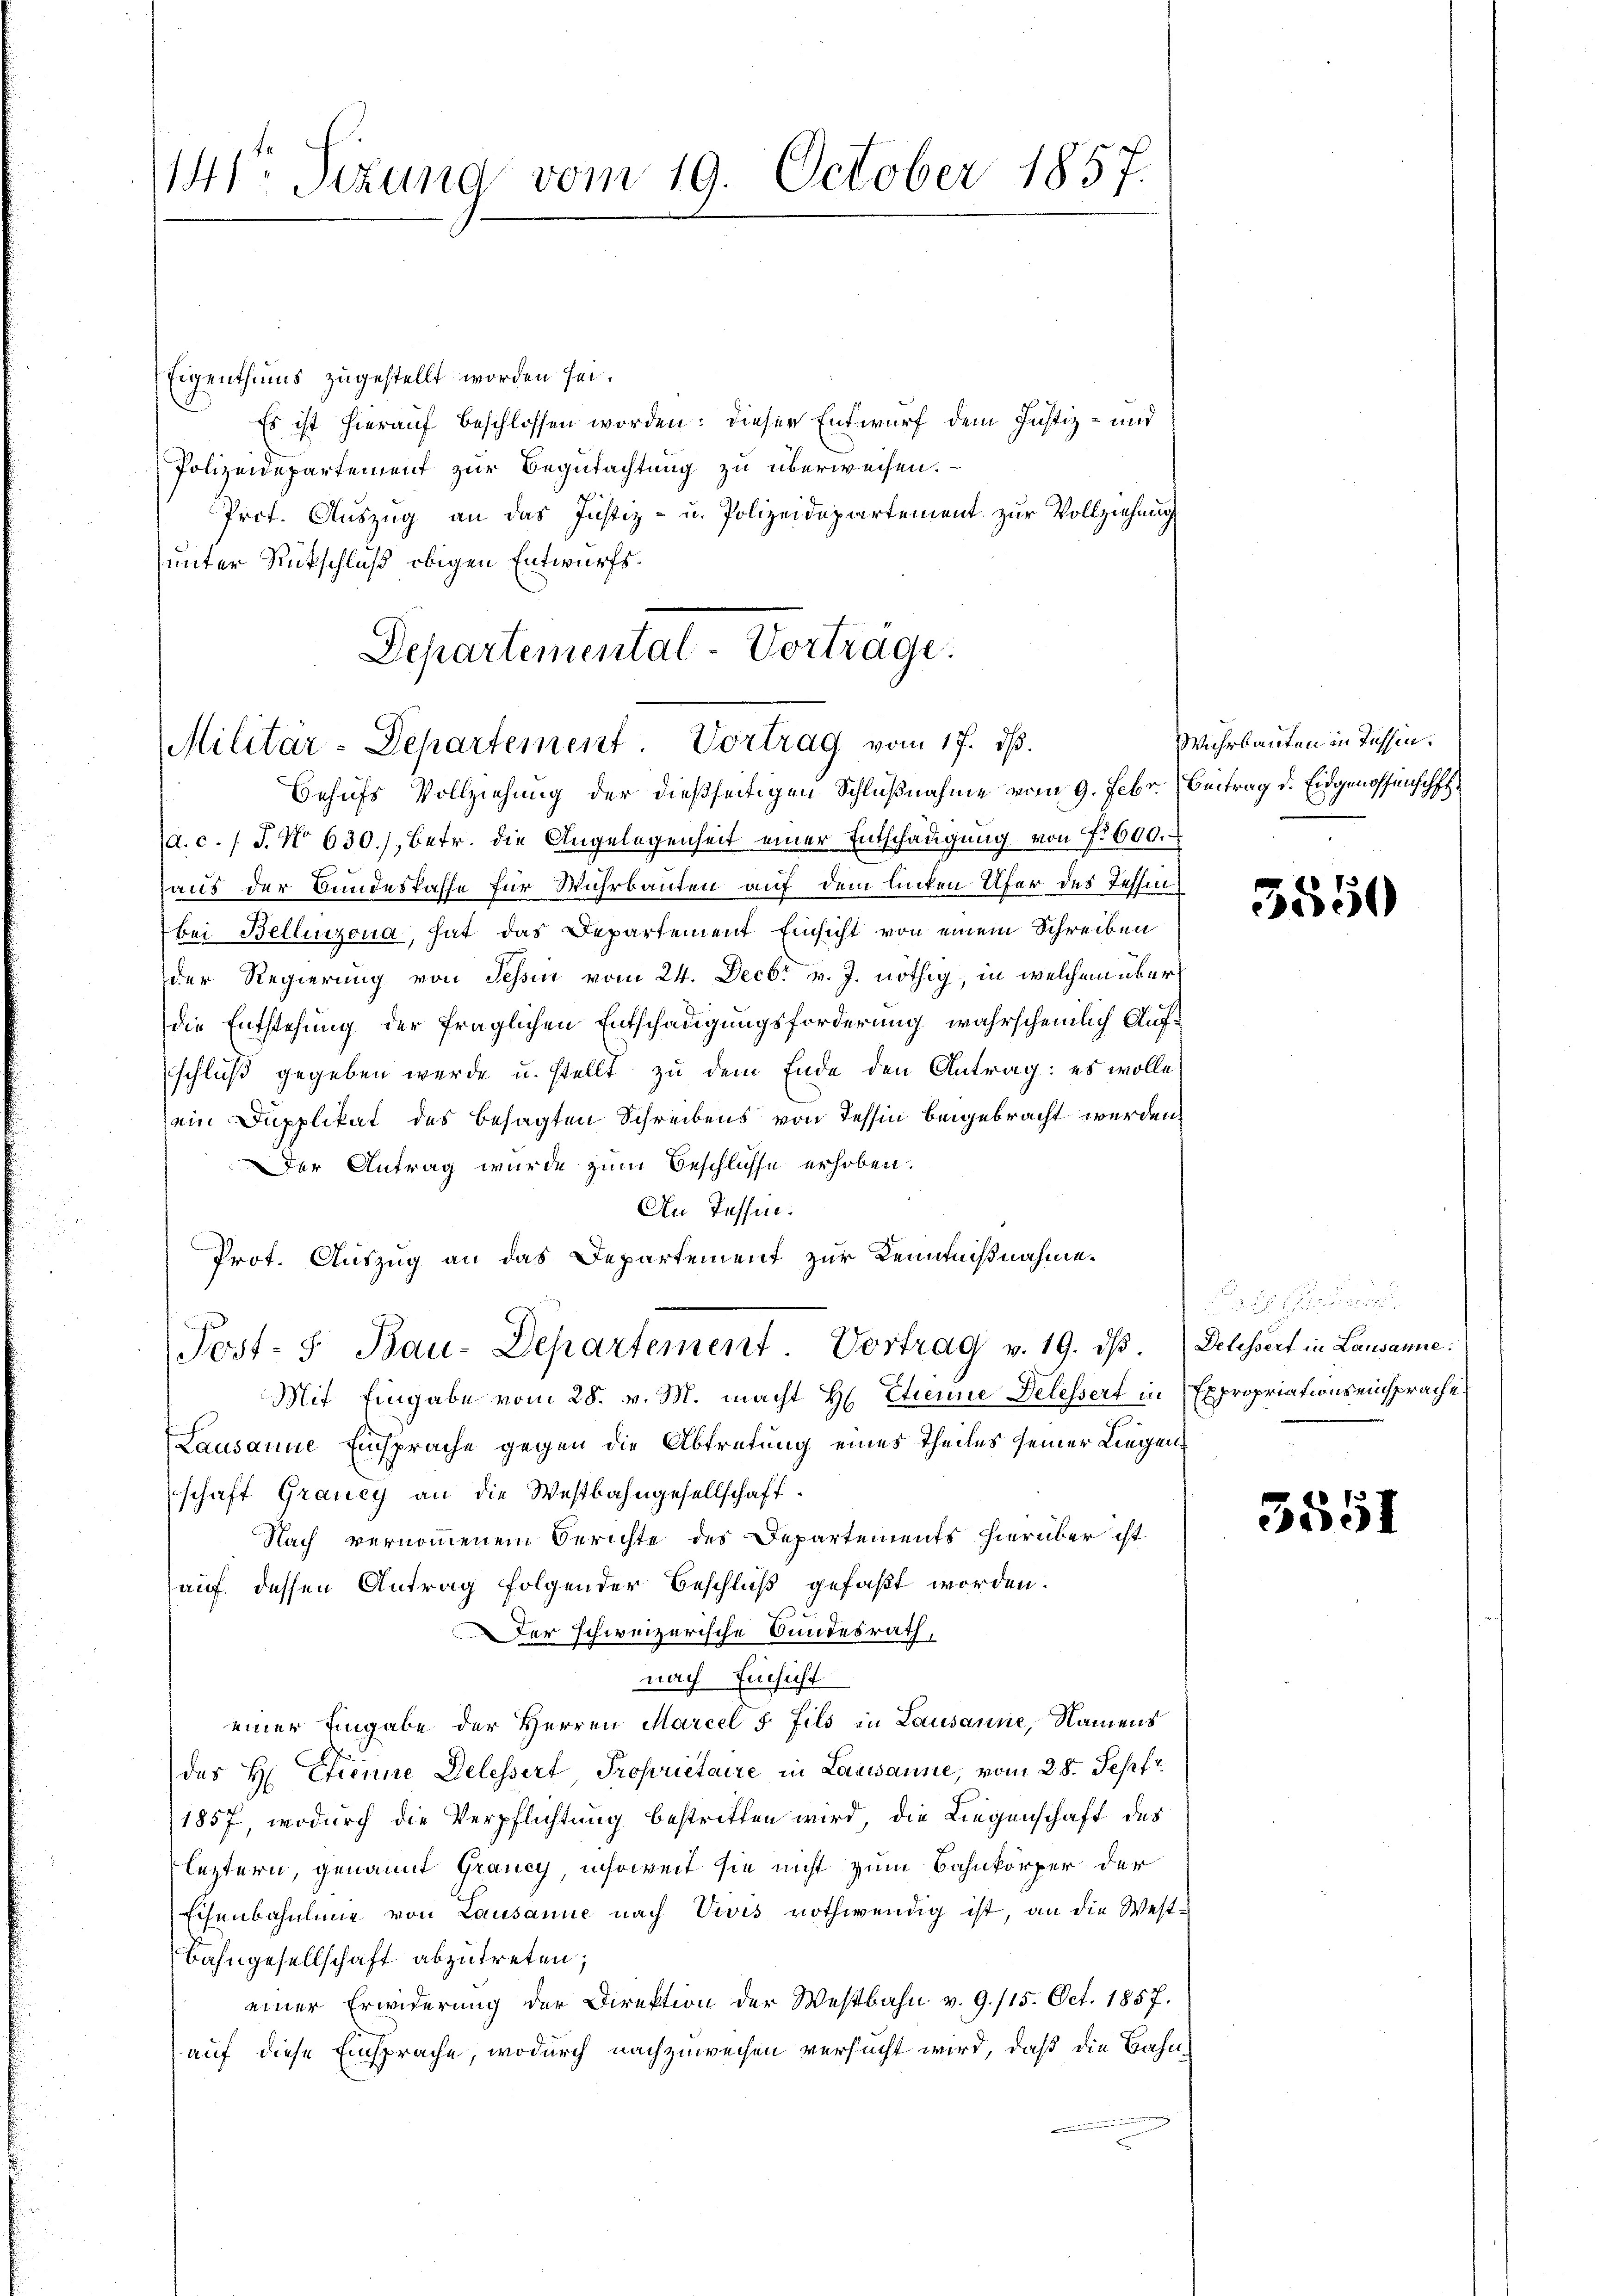
141. Sekund vom 19. October 1857.

Eigenthums zugestellt worden sei.
Es ist hierauf beschlossen worden: dieser Entwurf dem Justiz- und
Polizeidepartement zur Begutachtung zu überweisen.
Prot. Auszug an das Justiz- u. Polizeidepartement zur Vollziehung
unter Rückschluß obigen Entwurfs¬
1d. c. l. J. No 630.), Betr. die Angelegenheit einer Entschädigung von f. 600.
aus der Bundeskasse für Wuhrbauten auf dem linken Ufer des Tessin
bei Bellinzona, hat das Departement Einsicht von einem Schreiben
der Regierung von Tessin vom 24. Decbr v. J. nöthig, in welchem überdie Entstehung der fraglichen Entschädigungsforderung wahrscheinlich Aufschluß gegeben werde u. stellt zu dem Ende den Antrag: es wolle
ein Dupplikat des besagten Schreibens von Tessin beigebracht werden.
Der Antrag wurde zum Beschlüsse erhoben.
An Tessin:
Prot. Auszug an das Departement zur Kenntnißnahme.
Post- u. Bau-Departement Vortrag v. 19. dβ. (Dekessert in Lausanne:
Mit Eingabe vom 28. v. M. macht H. Etienne Delessert in Expropriations einsprache
Lausanne Einsprache gegen die Abtretung eines Theiles seiner Liegenschaft Grauey an die Westbahngesellschaft.
Nach vernommenem Berichte des Departements hierüber ist
auf dessen Antrag folgender Beschluß gefaßt worden.
Der schweizerische Bundesrath,
nach Einsicht
einer Eingabe der Herren Marcel 5 fils in Lausanne, Namens
des H. Trenne Delessert Proprietaire in Lausanne, vom 28. Sept.
1857, wodurch die Verpflichtung bestritten wird, die Liegenschaft des
leztern, genannt Grancy, insoweit sie nicht zum Bahnkörper der
Eisenbahnlinie von Lausanne nach Vevis nothwendig ist, an die West¬
Bahngesellschaft abzutreten;
einer Erwiderung der Direktion der Westbahn v. 9. 115. Oct. 1857.
auf diese Einsprache, wodurch nachzuweisen versucht wird, daß die Bahn¬

Departemental-Vortrage.
Militär-Departement. Vortrag vom 17. ds.
Behufs Vollziehung der dießseitigen Schlußnahme vom 9. Febr. Beitrag d. Eidgenossenschaf

Wuhrbauten in Tassen.

3550

5551